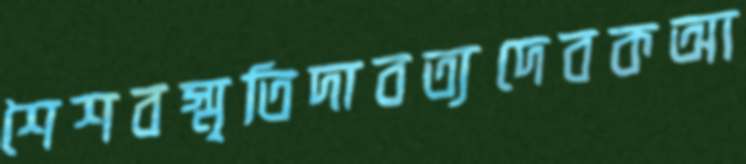
শৈশবস্মৃতিদাবত্যদেবকআ